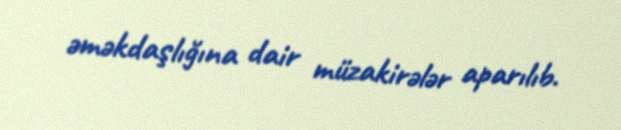
əməkdaşlığına dair müzakirələr aparılıb.